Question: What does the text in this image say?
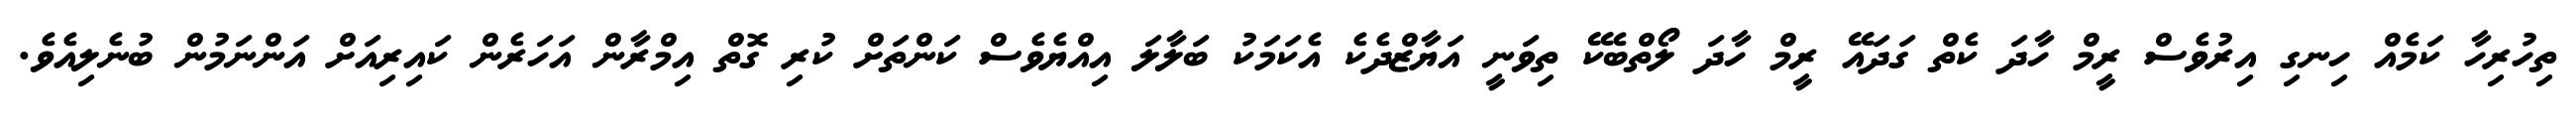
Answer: ތިހުރިހާ ކަމެއް ހިނގި އިރުވެސް ރީމް ހާދަ ކެތް ގަދައޭ ރީމް ހާދަ ލޯތްބެކޭ ތިވަނީ އަޔާޒްދެކެ އެކަމަކު ބަލާލަ އިއްޔެވެސް ކަންތަށް ކުރި ގޮތް އިމްރާން އަހަރެން ކައިރިއަށް އަންނަމުން ބުނެލިއެވެ.